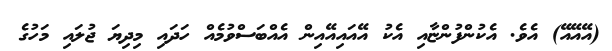
(އޭއޭއޭ) އެވެ. އެކުންފުންޏާއި އެކު އޭއައިއޭއިން އެއްބަސްވުމެއް ހަދައި މިދިޔަ ޖުލައި މަހުގެ